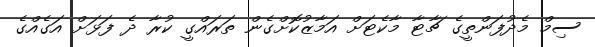
ސިމް މެދުފަންތީގެ ޗާޓާ މާކެޓަށް އަމާޒުކޮށްގެން ތަރައްގީ ކުރާ ދެ ފަޅަށް އަގެއްގެ